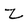
Character: Z